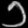
Digit: ၁